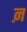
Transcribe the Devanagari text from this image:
ऩ